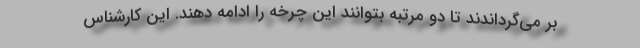
بر می‌گرداندند تا دو مرتبه بتوانند این چرخه را ادامه دهند. این کارشناس